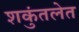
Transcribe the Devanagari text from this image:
शकुंतलेत